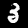
Label: 3